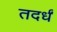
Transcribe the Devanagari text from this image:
तदर्धं